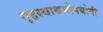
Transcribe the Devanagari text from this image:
गृहस्थाश्रमोपयोगी